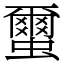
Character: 蠒